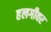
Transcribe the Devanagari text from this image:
हलगीवर